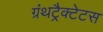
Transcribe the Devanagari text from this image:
ग्रंथट्रैक्टेटस